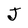
Character: J